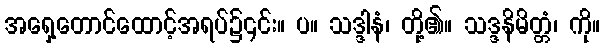
အရှေ့တောင်ထောင့်အရပ်၌၎င်း။ ပ။ သဒ္ဒါနံ၊ တို့၏။ သဒ္ဒနိမိတ္တံ၊ ကို။